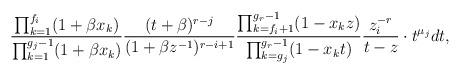
LaTeX: \begin{align*}\frac{\prod_{k=1}^{f_i} (1+\beta x_k)}{\prod_{k=1}^{g_j-1} (1+\beta x_k)}\frac{(t+\beta)^{r-j}}{(1+\beta z^{-1})^{r-i+1}}\frac{\prod_{k=f_i+1}^{g_r-1} (1-x_k z)}{\prod_{k=g_j}^{g_r-1}(1-x_kt)}\frac{z_i^{-r}}{t-z}\cdot t^{\mu_j}dt,\end{align*}